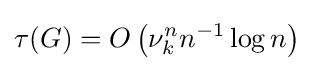
\tau (G)=O\left(\nu _{k}^{n}n^{-1}\log n\right)